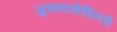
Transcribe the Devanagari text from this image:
जुक्स्टाकेपिलरी